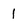
Character: 1